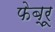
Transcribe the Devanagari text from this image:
फेब्रू